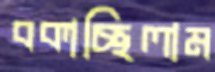
বকাচ্ছিলাম